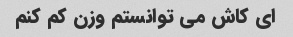
ای کاش می توانستم وزن کم کنم